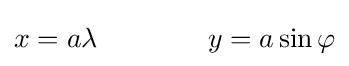
x=a\lambda \qquad \qquad y=a\sin \varphi